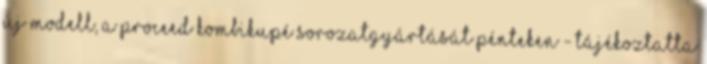
új modell, a ProCeed kombikupé sorozatgyártását pénteken - tájékoztatta